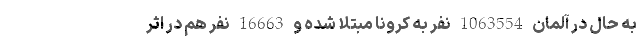
به حال در آلمان 1063554 نفر به کرونا مبتلا شده و 16663 نفر هم در اثر